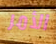
الأمر